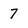
Character: 7